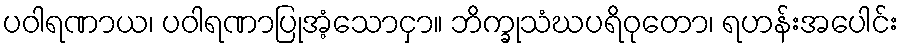
ပဝါရဏာယ၊ ပဝါရဏာပြုအံ့သောငှာ။ ဘိက္ခုသံဃပရိဝုတော၊ ရဟန်းအပေါင်း